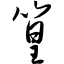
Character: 篁